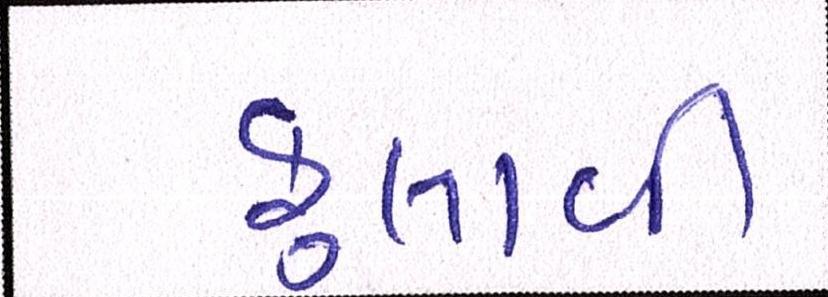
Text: ફુલાવી